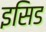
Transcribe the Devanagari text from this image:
इसिड